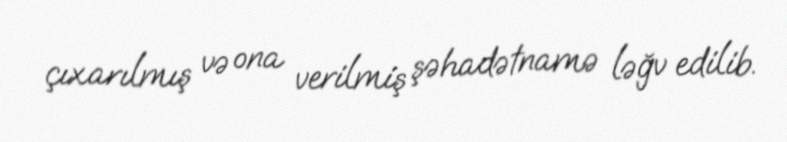
çıxarılmış və ona verilmiş şəhadətnamə ləğv edilib.